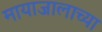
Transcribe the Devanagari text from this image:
मायाजालाच्या